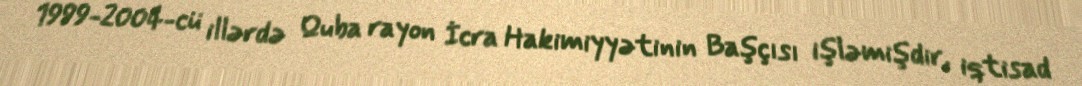
1999-2004-cü illərdə Quba rayon İcra Hakimiyyətinin Başçısı işləmişdir, iqtisad